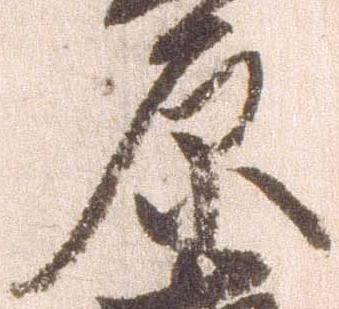
原